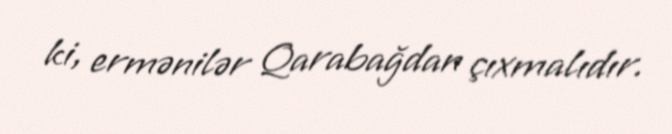
ki, ermənilər Qarabağdan çıxmalıdır.